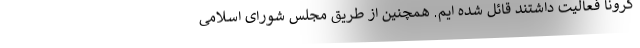
کرونا فعالیت داشتند قائل شده ایم. همچنین از طریق مجلس شورای اسلامی